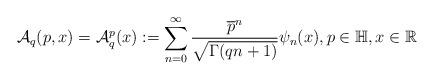
LaTeX: \begin{align*}\mathcal{A}_q(p,x)=\mathcal{A}_q^p (x):=\displaystyle \sum_{n=0}^\infty \frac{\overline{p}^n}{\sqrt{\Gamma(qn+1)}}\psi_n(x), p\in \mathbb{H}, x\in \mathbb{R}\end{align*}